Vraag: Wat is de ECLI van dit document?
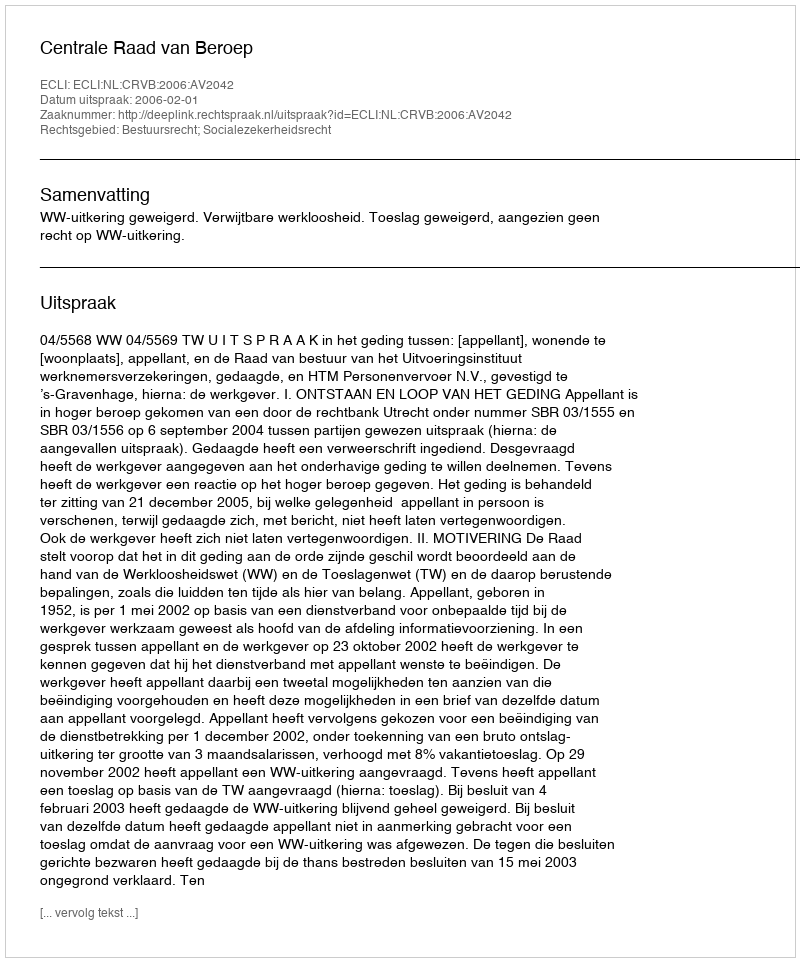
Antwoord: ECLI:NL:CRVB:2006:AV2042